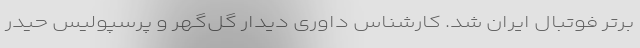
برتر فوتبال ایران شد. کارشناس داوری دیدار گل‌گهر و پرسپولیس حیدر